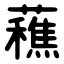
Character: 䕴